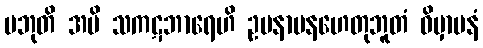
ပဘုတိ အပိ သကဋဘာရေဟိ ဥပနာမနဟေတုဘူတံ ဝိမှာပနံ